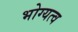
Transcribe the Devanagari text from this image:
भोग्यत्व